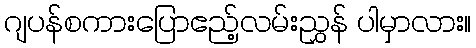
ဂျပန်စကားပြောဧည့်လမ်းညွှန် ပါမှာလား။